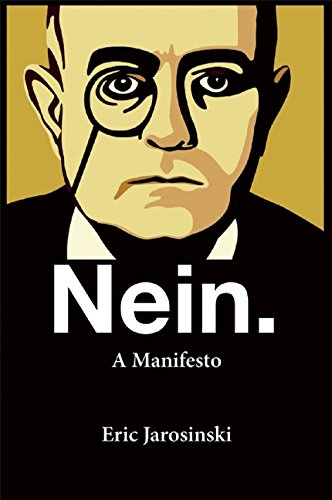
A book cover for Nein. A Manifesto; Eric Jarosinski; Politics & Social Sciences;